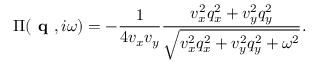
\Pi ( \textbf { q } , i \omega ) = - \frac { 1 } { 4 v _ { x } v _ { y } } \frac { v _ { x } ^ { 2 } q _ { x } ^ { 2 } + v _ { y } ^ { 2 } q _ { y } ^ { 2 } } { \sqrt { v _ { x } ^ { 2 } q _ { x } ^ { 2 } + v _ { y } ^ { 2 } q _ { y } ^ { 2 } + \omega ^ { 2 } } } .